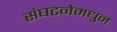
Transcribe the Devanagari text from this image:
संघटनेमधुन